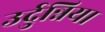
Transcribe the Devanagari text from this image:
उर्दुन्निया